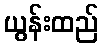
ယွန်းထည်